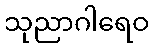
သုညာဂါရေဝ